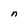
Character: n